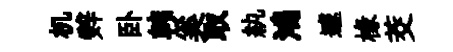
机辤卧韩奚取紈鴻遽椽茭